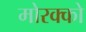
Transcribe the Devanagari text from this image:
मोरक्को